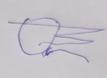
Signature authenticity: forged